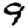
Digit: 9